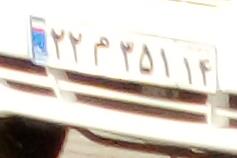
۲۲م۳۵۱۱۴